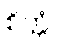
စိတ္တံ။